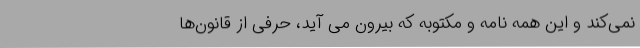
نمی‌کند و این همه نامه و مکتوبه که بیرون می آید، حرفی از قانون‌ها